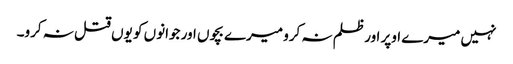
نہیں میرے اوپر اور ظلم نہ کرو میرے بچوں اور جوانوں کو یوں قتل نہ کرو۔